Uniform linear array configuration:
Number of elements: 24
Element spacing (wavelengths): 1
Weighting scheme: hann
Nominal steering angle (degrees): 15
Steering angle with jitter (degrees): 14.228
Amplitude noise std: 0.05
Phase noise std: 0.05

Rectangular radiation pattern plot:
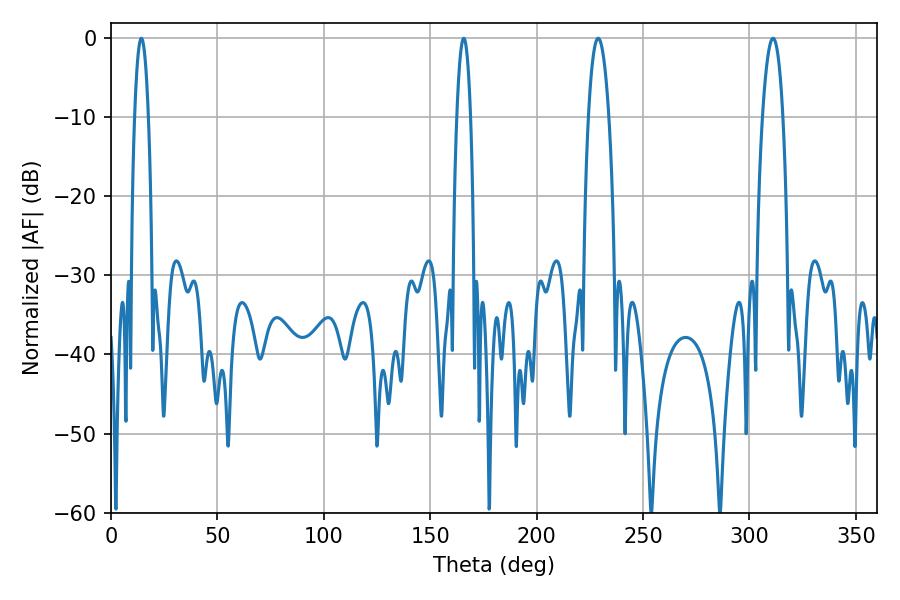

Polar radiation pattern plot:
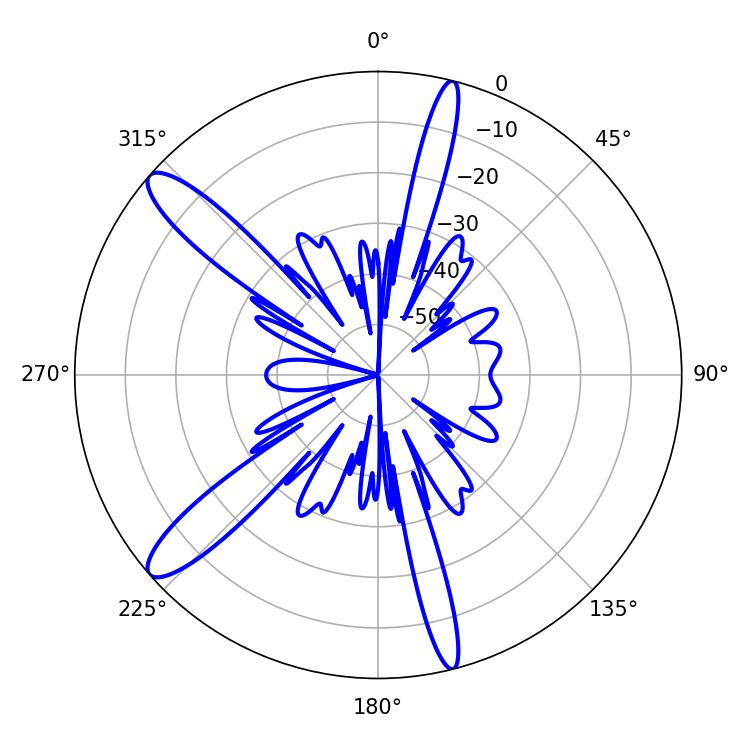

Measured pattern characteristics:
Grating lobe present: TRUE
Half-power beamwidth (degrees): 5.4
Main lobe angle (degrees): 311.04